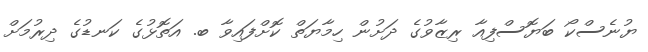
ޔުނެސްކޯ ބަޔޮސްފިއާ ރިޒާވުގެ ދަށުން ހިމާޔަތް ކޮށްފައިވާ ބ. އަތޮޅުގެ ކަނޑުގެ ދިރުމަށް